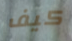
كيف